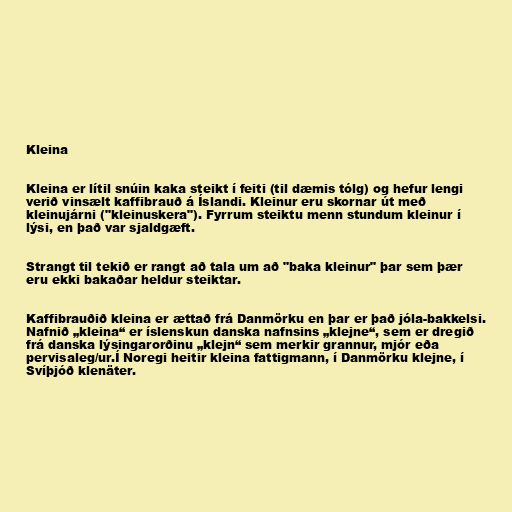
Kleina

Kleina er lítil snúin kaka steikt í feiti (til dæmis tólg) og hefur lengi
verið vinsælt kaffibrauð á Íslandi. Kleinur eru skornar út með
kleinujárni ("kleinuskera"). Fyrrum steiktu menn stundum kleinur í
lýsi, en það var sjaldgæft.

Strangt til tekið er rangt að tala um að "baka kleinur" þar sem þær
eru ekki bakaðar heldur steiktar.

Kaffibrauðið kleina er ættað frá Danmörku en þar er það jóla-bakkelsi.
Nafnið „kleina“ er íslenskun danska nafnsins „klejne“, sem er dregið
frá danska lýsingarorðinu „klejn“ sem merkir grannur, mjór eða
pervisaleg/ur.Í Noregi heitir kleina fattigmann, í Danmörku klejne, í
Svíþjóð klenäter.